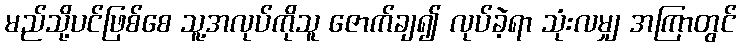
မည်သို့ပင်ဖြစ်စေ သူ့အလုပ်ကိုသူ ဇောက်ချ၍ လုပ်ခဲ့ရာ သုံးလမျှ အကြာတွင်